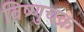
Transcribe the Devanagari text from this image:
विष्णुचक्र